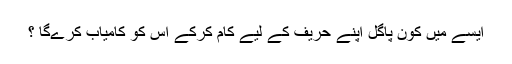
ایسے میں کون پاگل اپنے حریف کے لیے کام کرکے اس کو کامیاب کرےگا ؟